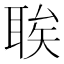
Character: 𫆆